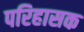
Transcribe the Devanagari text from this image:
परिहासक